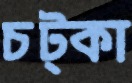
চট্‌কা